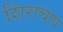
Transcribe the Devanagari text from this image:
शिराचाप